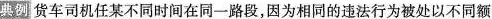
典例 货车司机任某不同时间在同一路段，因为相同的违法行为被处以不同额